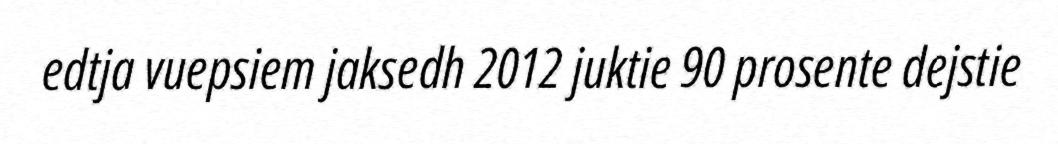
edtja vuepsiem jaksedh 2012 juktie 90 prosente dejstie